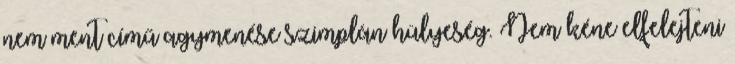
nem ment című agymenése szimplán hülyeség. Nem kéne elfelejteni